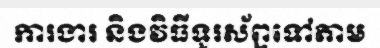
ការងារ និងវិធីទូរស័ព្ទទៅតាម